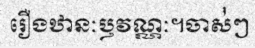
រឿងឋានៈឫវណ្ណៈ។ចាស់់ៗ